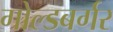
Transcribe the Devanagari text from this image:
गोल्डबर्गर